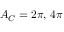
A _ { C } = 2 \pi , \, 4 \pi